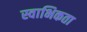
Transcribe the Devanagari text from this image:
स्वाभिकता